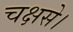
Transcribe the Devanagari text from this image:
चक्षसे।